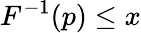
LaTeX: F^{-1}(p)\leq x